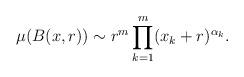
LaTeX: \begin{align*}\mu(B(x,r))\sim r^m\prod_{k=1}^m (x_k+r)^{\alpha_k}.\end{align*}